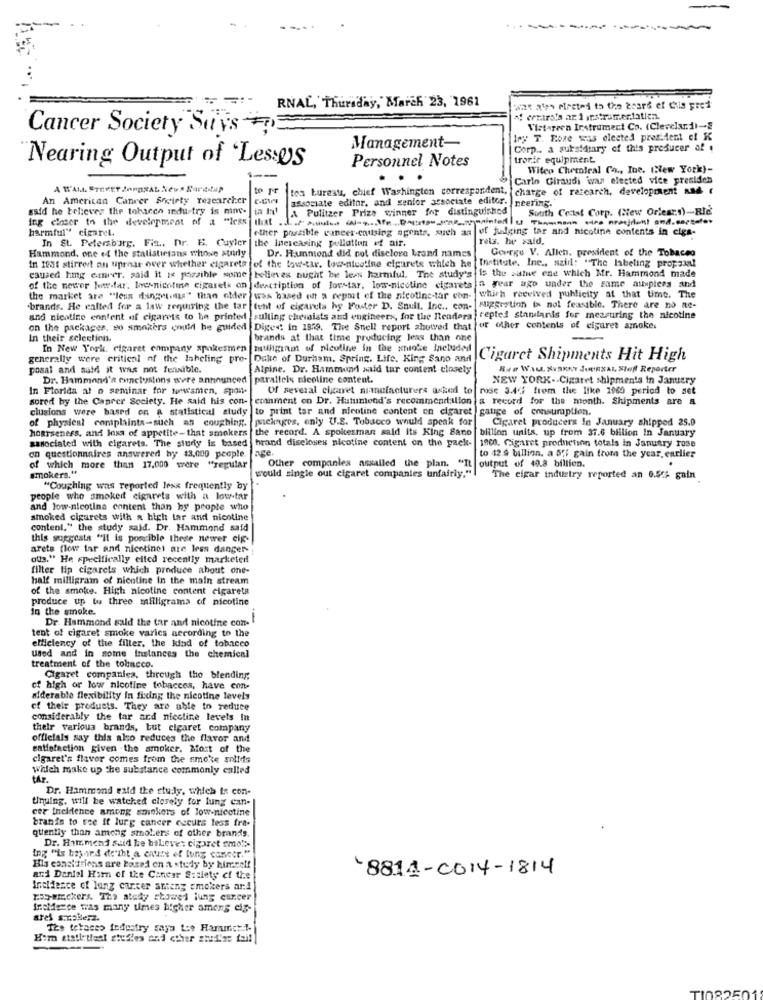
...
RNAL, Thursday, March 23, 1961
"! centro's az i irstramertatien.
Cancer Society Suis +
Vistareen Instrument Co. (Clevelar.1)-S
1ry T. Fore was elected president of K
Management-
Corp ., a subsidiary of this producer af .
Nearing Output of 'Lessos
Personnel Notes
trorir equipment
Wilco Chemical Co ., Ine. Cew York)-
1 --
Carlo Giraudi was elected vice presiden
A WALL STREET JOURNAL News Surititap
to pr
toa bureau, chief Washington correspondent, charge of research, development and
An American Cancer Society researcher
associate editor, and senior associate editor. neering.
said he believes the tobacco industry is mne-
A Pulitzer Prize winner for distinguished
South Coast Corp. (New Orless)-Rle
ing closer to the development of a "less that ..
harmful" cigaret.
other possible cancer-causing agents, such an of judging tar and nicotine contents in ciga-
In St. Petersburg, Fit ., Dr. E. Cuyler
the Inercasing polation of air.
rets. he said.
Hammond, one of the statisticians whowe study
Dr. Hunmond did not disclose brand names
George V. Allen. president of the Tobacco
of the low-tar. low-nicotine cigarets which he Institute. Inc ., szir: "The labeling propzanl
In 1981 stirrer on uproar over whether cigareta
believes nught be less harmful. The study's is the autue ene which Mr. Hammond made
caused hig emrer, said it is possible some
the market are "less dingetests"" titan older was based on a report of the nicotine-tar con- which received publicity at that time. The
of the newer low-far, loc-nicotine cigaretk on description of lovetar, low-nicotine cigarets a year ago under the same attupters and
.brands. He called for a law requiring the tar tent of cigarels hy Foster D. Snull. Inc ., con-
suggestion Ia nol feasible. There are no Re-
and nicotine enntent of cigarets to be printed sulting chevists and engineers, for the Readers tepted standards for measuring the nicotine
on the packages, so smokers could be guided Diges: in 1879. The Snell report showed that
or other contents of cigaret amoke.
In their selection.
brands at that time producing leas than one
-
In New York. cigaret company spokesmen matiliginot of nicotine in the smoke Inebuaded
generally were critical of the labeling pre-
Duke of Durham. Spring. Life. King Sano and
Cigaret Shipments Hit High
posal and said it was not fensible.
Alpine. Dr. Hammond xaid tar content closely
Bre Wau. KVARKY JOURNAL, Sloff Reporter
Dr. Hammond's emclusions were announced
parallels nicotine content.
NEW YORK- Cigaret shipmen's in January
In Florida at n seminar for unwamen, spon-
Of several cigaret manufacturers asked to
rose 3.44 from the like 1960 period to set
sored by the Caprer Society. He said his con- ernment on Dr. Hutumond's recommendalion a record for the month. Shipments are a
clusions were based on a statistical study to print tar and nicotine content en cigaret gauge of consumption.
of physical complaints-such as coughing.
packages, only U.S. Tobacco would speak for
hoarseness, and loss of appetite-that smokers
the record. A spokesman said its King Sano billion units, up from 37.6 billion In January
Cigaret producers In January shipped 25.0
associated with cigarets. The study is based hrand discloses nicotine content on the pack-
age
1800. Cigaret production totals in January rose
to 12 9 billion. a 5'i gain from the year. earlier
on questionnaires answered hy $3,000 people.
Other companies assailed the plan. "It
output of 49.8 billion.
smokers."
of which more than 17.000 were "regular
would single out cigaret companies unfairly."
The cigar industry reported an 6.56 gain
"Coughing was reported less frequently by
people who smoker cigarets with a low-tar
and low-nicotine content than by people who
smoked cigarets with a high tar and nicoline
content," the study said. Dr. Hammond said
this suggesta "It is powerible these newer cig-
arets (low far and nicotinet are less danger-
aus." He specifically cited recently marketed
filter tip cigarets which produce about one-
half milligram of nicotine in the main stream
of the smoke. High nicotine content cigarets
produce up to three milligrams of nicotine
in the smoke.
Dr. Hammond sald the tar and nicotine con-
tent of cigaret smoke varics according to the
efficiency of the filter. the kind of tobacco
treatment of the tobacco.
used and in some Instances the chemical
Cigaret companies, through the blending
of high or low nicotine tobaccos, have con-
aiderable flexibility in finding the nicotine levels
cf their products. They are able to reduce
considerably the tar and nicotine levels In
their various brands, but cigaret company
officials say this also reduces the flavor and
eatfefaction given .the smoker. Most of the
cigaret's flavor comes from the smoke sollds
which make up the substance commonly called
CAP.
Dr. Hammond eatd the study, which is con-
tiquing, will be watched closely for lung can-
eer ineldence among smokers of low-nicotine
branis to see it lung cancer occurs less fra-
quiently than among smokers of other brands.
Dr. Hanmend said he baLeves cigaret smolt-
ing "is basind de'iht a enuse of lung cancer."
His consiations are based on a study by himself
and Daniel Him of the Cancer Sislety of the
8814-0014-1814
Incidence of lung cancer anteng smokers ard
ros-wreckers. The atedy showed iung eurcer
InsMerce was many times higher amens ei3-
ares s.noberz.
Its tehaces fedustry saja toe Haramat 1-
Him atsti tleel studies and other zhud'ze fail
TI082501